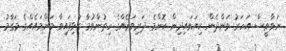
ނަވާވީސް އަހަރު ވަންދެން ކިޔަވައިދިން ކޮންމެ ދަރިވަރެއްގެ ހިތުންވުމާ ގުޅިފައިވާ މަންމައެއްގެ މަގާމު